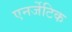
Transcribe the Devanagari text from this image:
एनर्जेटिक